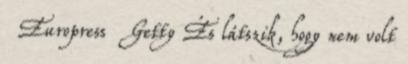
Europress Getty És látszik, hogy nem volt